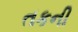
તકની